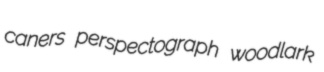
caners perspectograph woodlark